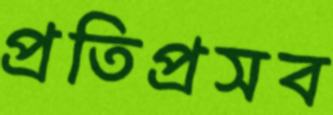
প্রতিপ্রসব